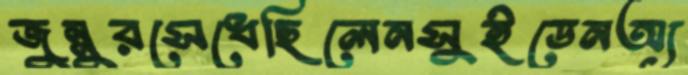
জুন্নুরসেধেছিলেনসুইডেনঅ্য